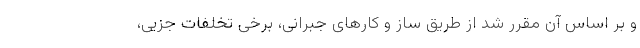
و بر اساس آن مقرر شد از طریق ساز و کارهای جبرانی، برخی تخلفات جزیی،